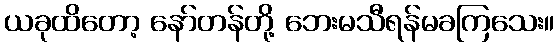
ယခုထိတော့ နော်တန်တို့ ဘေးမသီရန်မခကြသေး။